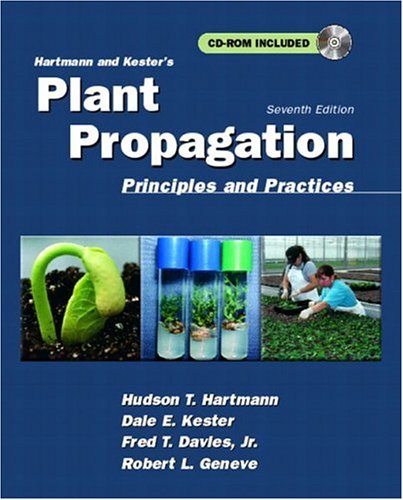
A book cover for Hartmann and Kester's Plant Propagation: Principles and Practices (7th Edition); Hudson T. Hartmann; Science & Math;